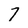
Character: 7